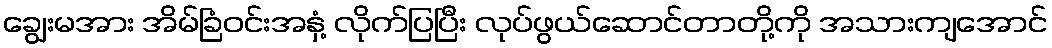
ချွေးမအား အိမ်ခြံဝင်းအနှံ့ လိုက်ပြပြီး လုပ်ဖွယ်ဆောင်တာတို့ကို အသားကျအောင်